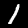
Label: 1